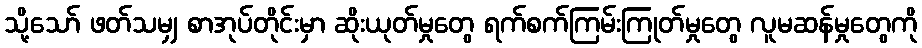
သို့သော် ဖတ်သမျှ စာအုပ်တိုင်းမှာ ဆိုးယုတ်မှုတွေ ရက်စက်ကြမ်းကြုတ်မှုတွေ လူမဆန်မှုတွေကို